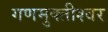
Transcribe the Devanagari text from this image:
गणमुक्तीश्वर